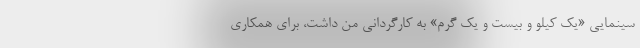
سینمایی «یک کیلو و بیست و یک گرم» به کارگردانی من داشت، برای همکاری